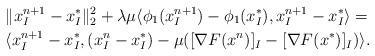
LaTeX: \begin{align*}&\|x_I^{n+1} - x_I^*\|_2^2 + \lambda \mu \langle \phi_1(x_I^{n+1})-\phi_1(x_I^*), x_I^{n+1} - x_I^* \rangle = \\& \langle x_I^{n+1}-x_I^*, (x_I^{n} - x_I^*) - \mu ([\nabla F(x^n)]_I - [\nabla F(x^*)]_I) \rangle .\end{align*}